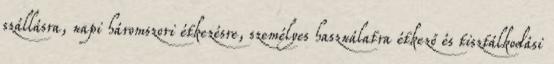
szállásra, napi háromszori étkezésre, személyes használatra étkező és tisztálkodási